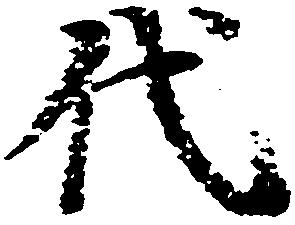
代